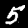
Label: 5